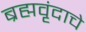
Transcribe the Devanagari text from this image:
ब्रह्मवृंदाचे